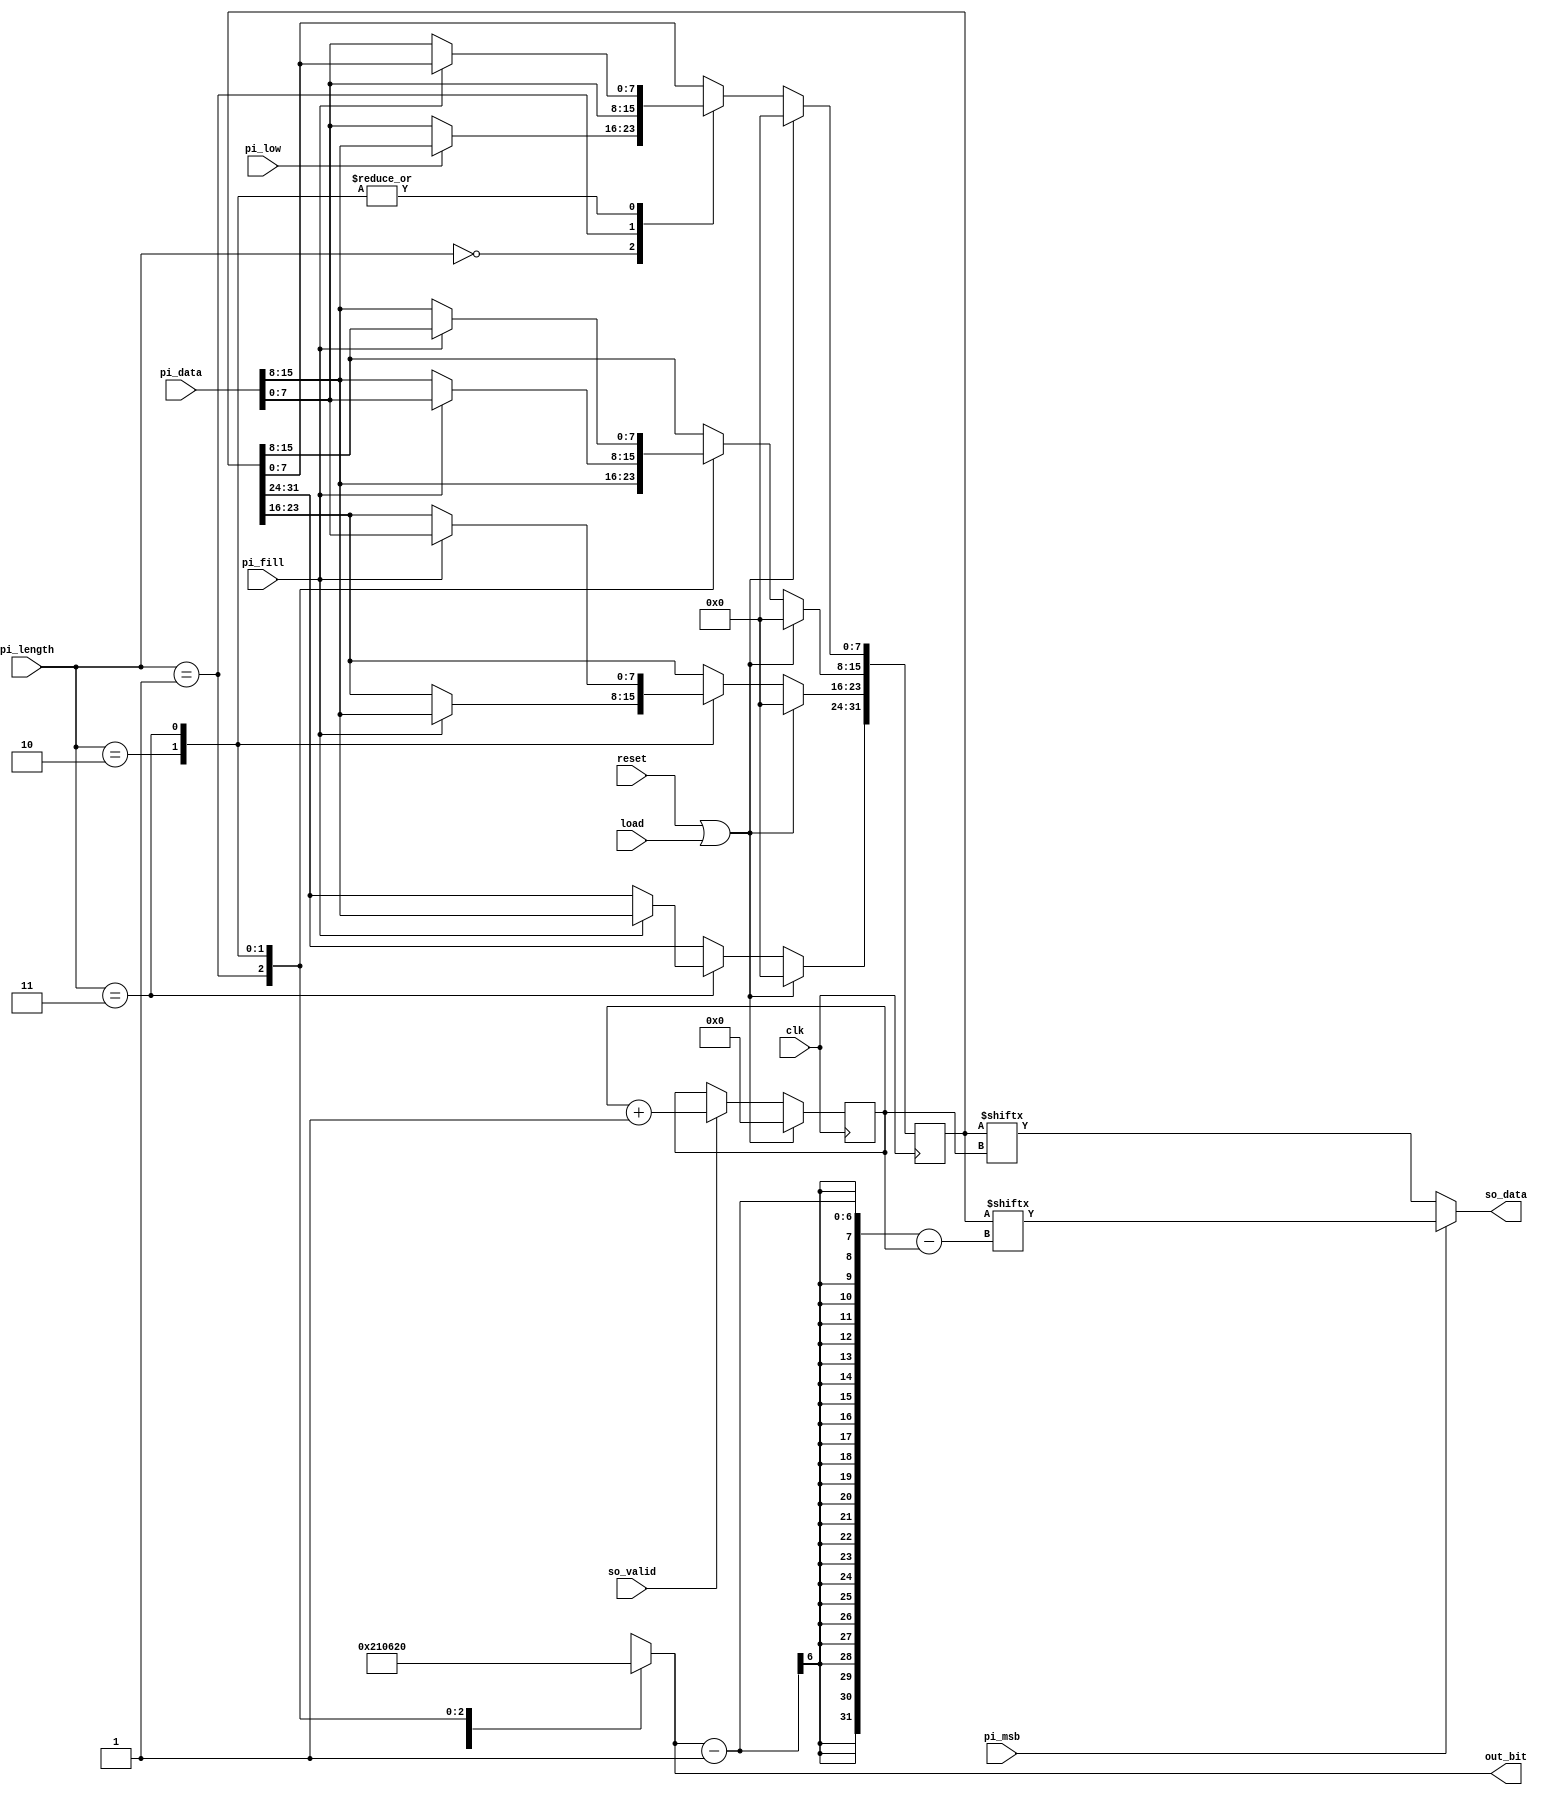
module STI(
  input clk,
  input reset,
  input load,
  input pi_fill,
  input pi_msb,
  input pi_low,
  input [1:0] pi_length,
  input [15:0] pi_data,
  input so_valid,

  output reg so_data,
  output reg [5:0] out_bit
);
  reg [31:0] mem;
  reg [5:0] cnt;

  always@(posedge clk)begin // count to (out_bit+1)
    if(reset||load)
      cnt <= 6'd0;
    else if(so_valid)
      cnt <= cnt + 1;
  end
  
  always@(posedge clk)begin // data arrangement
    if(reset||load)
      mem <= 32'd0;
    else begin
      case(pi_length)
        2'b00:begin
          if(pi_low)
            mem[7:0] <= pi_data[15:8];
          else
            mem[7:0] <= pi_data[7:0];
        end
        2'b01:mem[15:0] <= pi_data[15:0];
        2'b10:begin
          if(pi_fill)
            mem[23:8] <= pi_data[15:0];
          else
            mem[15:0] <= pi_data[15:0];
        end
        2'b11:begin
          if(pi_fill)
            mem[31:16] <= pi_data[15:0];
          else
            mem[15:0] <= pi_data[15:0];
        end
        default:mem[31:0] <= 32'd0;
      endcase
    end
  end
  
  always@*begin
    if(pi_msb)
      so_data = mem[(out_bit-1)-cnt];
    else
      so_data = mem[cnt];
  end
  
  always@*begin
    case(pi_length)
      2'b00:out_bit = 6'd8; 
      2'b01:out_bit = 6'd16;
      2'b10:out_bit = 6'd24;
      2'b11:out_bit = 6'd32;
      default:out_bit = 6'd0;
    endcase
  end

endmodule